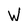
Character: W